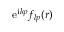
\mathrm { e } ^ { \mathrm { i } l \varphi } f _ { l p } ( r )